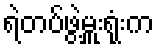
ရဲတပ်ဖွဲ့မှူးရုံးက